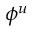
\phi ^ { u }